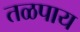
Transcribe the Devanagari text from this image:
तळपाय